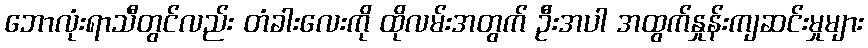
ဘောလုံးရာသီတွင်လည်း တံခါးလေးကို ထိုလမ်းအတွက် ဦးအပါ အထွက်နှုန်းကျဆင်းမှုများ